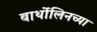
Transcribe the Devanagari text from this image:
बार्थोलिनच्या